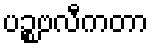
ပဉ္စဗလီကတာ